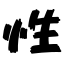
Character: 性